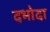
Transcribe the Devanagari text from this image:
दभोदा